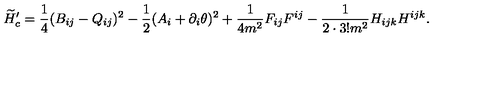
\widetilde { H } _ { c } ^ { \prime } = \frac { 1 } { 4 } ( B _ { i j } - Q _ { i j } ) ^ { 2 } - \frac { 1 } { 2 } ( A _ { i } + \partial _ { i } \theta ) ^ { 2 } + \frac { 1 } { 4 m ^ { 2 } } F _ { i j } F ^ { i j } - \frac { 1 } { 2 \cdot 3 ! m ^ { 2 } } H _ { i j k } H ^ { i j k } .